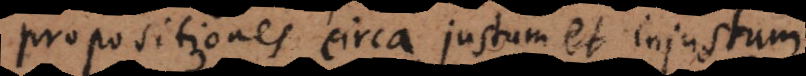
propositiones circa justum et injustum